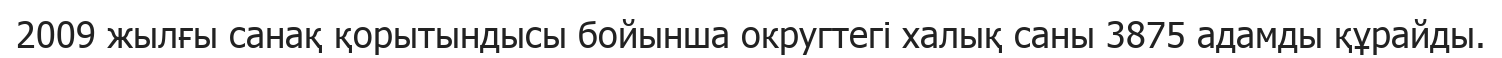
2009 жылғы санақ қорытындысы бойынша округтегі халық саны 3875 адамды құрайды.